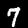
Digit: 7